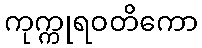
ကုက္ကုရဝတိကော